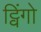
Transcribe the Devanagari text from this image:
ट्विंगो